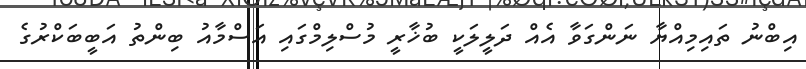
އިބްނު ތައިމިއްޔާ ނަންގަވާ އެއް ދަލީލަކީ ބުޚާރީ މުސްލިމްގައި އަސްމާއު ބިންތު އަބީބަކްރުގެ